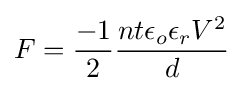
F={\frac {-1}{2}}{\frac {nt\epsilon _{o}\epsilon _{r}V^{2}}{d}}